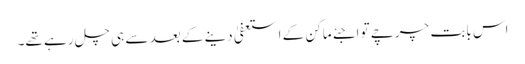
اس بابت چرچے تو اجئے ماکن کے استعفیٰ دینے کے بعد سے ہی چل رہے تھے۔